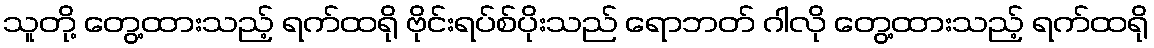
သူတို့ တွေ့ထားသည့် ရက်ထရို ဗိုင်းရပ်စ်ပိုးသည် ရောဘတ် ဂါလို တွေ့ထားသည့် ရက်ထရို